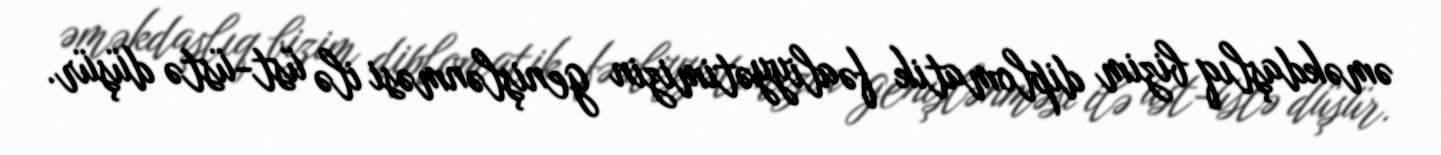
əməkdaşlıq bizim diplomatik fəaliyyətimizin genişlənməsi ilə üst-üstə düşür.